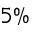
5 \%